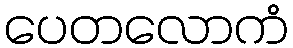
ပေတလောကံ